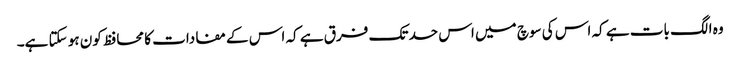
وہ الگ بات ہے کہ اس کی سوچ میں اس حد تک فرق ہے کہ اس کے مفادات کا محافظ کون ہو سکتا ہے۔